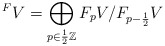
\begin{align*}^F V = \bigoplus_{p \in \frac{1}{2} \mathbb Z} F_pV/F_{p-\frac{1}{2}}V\end{align*}